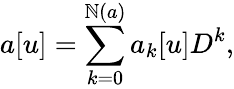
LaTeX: a[u]=\sum_{k=0}^{\mathbb{N}(a)}a_{k}[u]D^{k},